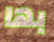
بها